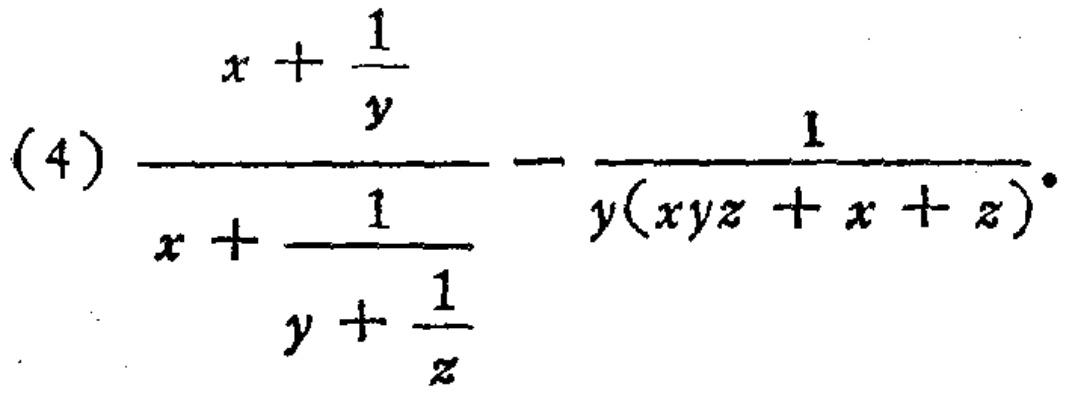
\((4)\frac{x + \frac{1}{y}}{x+\frac{1}{y + \frac{1}{z}}}-\frac{1}{y(xyz + x + z)}\)